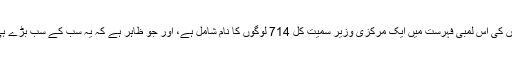
بڑے پیمانے پر اجاگر ہونے والے ٹیکس بچانے والوں کی اس لمبی فہرست میں ایک مرکزی وزیر سمیت کل 714 لوگوں کا نام شامل ہے، اور جو ظاہر ہے کہ یہ سب کے سب بڑے ہی نہیں ، کافی بڑے اور بڑی پہنچ والے لوگ ہونگے۔